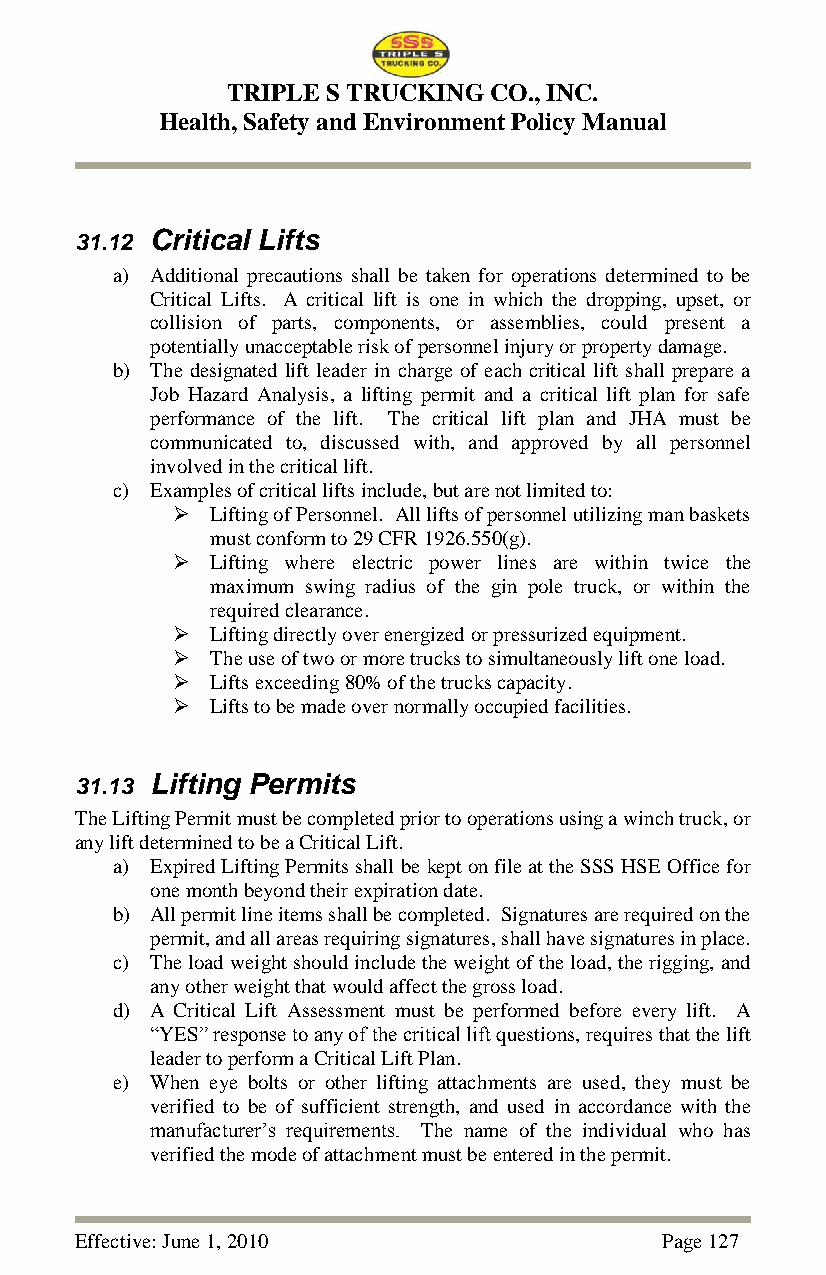
TRIPLE S TRUCKING CO., INC.
 Health, Safety and Environment Policy Manual
 31.12 Critical Lifts
 a) Additional precautions shall be taken for operations determined to be
 Critical Lifts. A critical lift is one in which the dropping, upset, or
 collision of parts, components, or assemblies, could present a
 potentially unacceptable risk of personnel injury or property damage.
 b) The designated lift leader in charge of each critical lift shall prepare a
 Job Hazard Analysis, a lifting permit and a critical lift plan for safe
 performance of the lift. The critical lift plan and JHA must be
 communicated to, discussed with, and approved by all personnel
 involved in the critical lift.
 c) Examples of critical lifts include, but are not limited to:
   Lifting of Personnel. All lifts of personnel utilizing man baskets
 must conform to 29 CFR 1926.550(g).
   Lifting where electric power lines are within twice the
 maximum swing radius of the gin pole truck, or within the
 required clearance.
   Lifting directly over energized or pressurized equipment.
   The use of two or more trucks to simultaneously lift one load.
   Lifts exceeding 80% of the trucks capacity.
   Lifts to be made over normally occupied facilities.
 31.13 Lifting Permits
 The Lifting Permit must be completed prior to operations using a winch truck, or
 any lift determined to be a Critical Lift.
 a) Expired Lifting Permits shall be kept on file at the SSS HSE Office for
 one month beyond their expiration date.
 b) All permit line items shall be completed. Signatures are required on the
 permit, and all areas requiring signatures, shall have signatures in place.
 c) The load weight should include the weight of the load, the rigging, and
 any other weight that would affect the gross load.
 d) A Critical Lift Assessment must be performed before every lift. A
 ―YES‖ response to any of the critical lift questions, requires that the lift
 leader to perform a Critical Lift Plan.
 e) When eye bolts or other lifting attachments are used, they must be
 verified to be of sufficient strength, and used in accordance with the
 manufacturer‘s requirements. The name of the individual who has
 verified the mode of attachment must be entered in the permit.
 Effective: June 1, 2010                Page 127